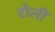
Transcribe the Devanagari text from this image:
रोलीं